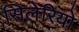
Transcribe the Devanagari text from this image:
सिलेरियो